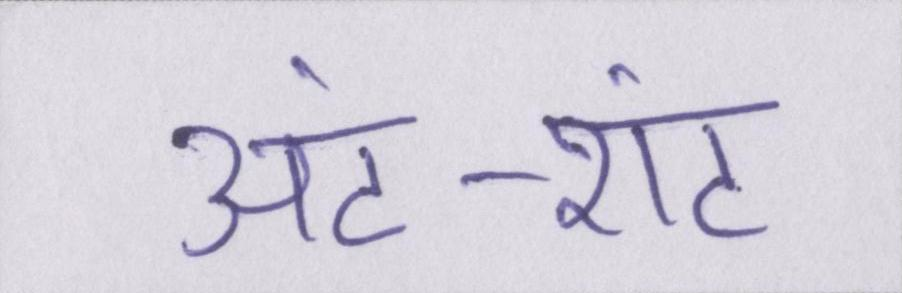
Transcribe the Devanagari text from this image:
अंट-शंट